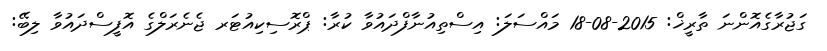
ގަޖުރާގެއޮންނަ ތާރީޚް: 2015-08-18 މައްސަލަ: އިސްތިއުނާފްދައުވާ ކުރާ: ޕްރޮސިކިއުޓަރ ޖެނެރަލްގެ އޮފީސްދައުވާ ލިބޭ: